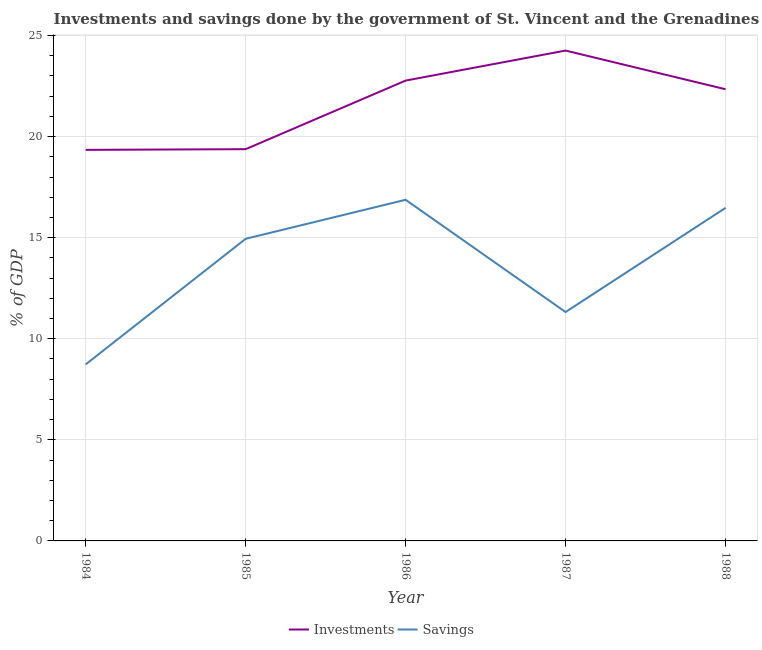
| Year | Investments | Savings |
 | --- | --- | --- |
 | 1984 | 19.3 | 8.73 |
 | 1985 | 19.4 | 14.9 |
 | 1986 | 22.8 | 16.9 |
 | 1987 | 24.3 | 11.3 |
 | 1988 | 22.3 | 16.5 |